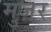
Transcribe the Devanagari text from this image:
मुज़र